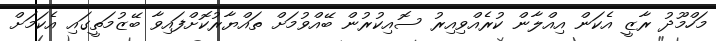
މަހްމޫދު ރާޒީ އެކަން އިއްލާން ކުރެއްވިއިރު ސޮއިކުރުން ބޭއްވުމަށް ތައްޔާރުކޮށްފައިވާ ބޭޒުމަތީގައި އެކަމަށް